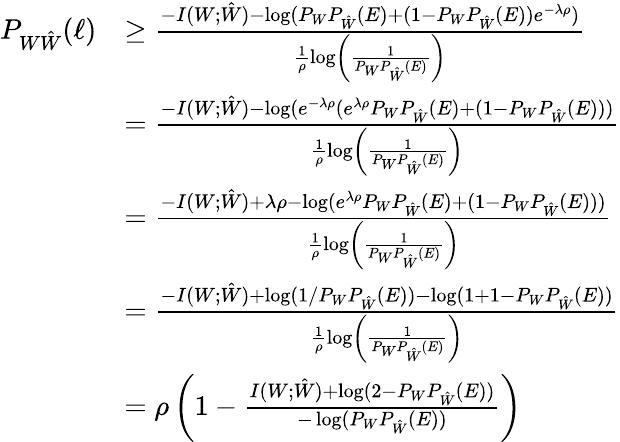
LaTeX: \begin{array}{rl}{P_{W\hat{W}}(\ell)}&{\geq\frac{-I(W;\hat{W})-\log(P_{W}P_{\hat{W}}(E)+(1-P_{W}P_{\hat{W}}(E))e^{-\lambda\rho})}{\frac 1\rho\log\left(\frac{1}{P_{W}P_{\hat{W}}(E)}\right)}}\\ &{=\frac{-I(W;\hat{W})-\log(e^{-\lambda\rho}(e^{\lambda\rho}P_{W}P_{\hat{W}}(E)+(1-P_{W}P_{\hat{W}}(E)))}{\frac 1\rho\log\left(\frac{1}{P_{W}P_{\hat{W}}(E)}\right)}}\\ &{=\frac{-I(W;\hat{W})+\lambda\rho-\log(e^{\lambda\rho}P_{W}P_{\hat{W}}(E)+(1-P_{W}P_{\hat{W}}(E)))}{\frac 1\rho\log\left(\frac{1}{P_{W}P_{\hat{W}}(E)}\right)}}\\ &{=\frac{-I(W;\hat{W})+\log(1/P_{W}P_{\hat{W}}(E))-\log(1+1-P_{W}P_{\hat{W}}(E))}{\frac 1\rho\log\left(\frac{1}{P_{W}P_{\hat{W}}(E)}\right)}}\\ &{=\rho\left(1-\frac{I(W;\hat{W})+\log(2-P_{W}P_{\hat{W}}(E))}{-\log(P_{W}P_{\hat{W}}(E))}\right)}\end{array}